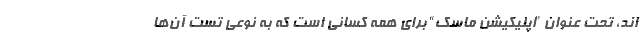
اند، تحت عنوان ”اپلیکیشن ماسک“ برای همه کسانی است که به نوعی تست آن‌ها